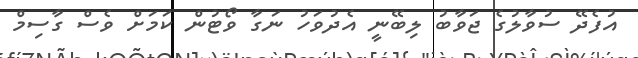
އުފެދޭ ސުވާލުގެ ޖަވާބު ލިބޭނީ އެދުވަހު ނަގާ ވޯޓުން ކަމަށް ވެސް ގާސިމް